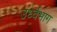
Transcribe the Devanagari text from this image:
उर्ध्वभाग